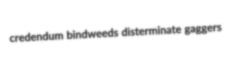
credendum bindweeds disterminate gaggers